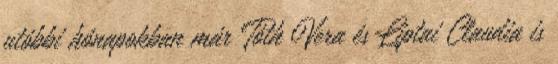
utóbbi hónapokban már Tóth Vera és Liptai Claudia is